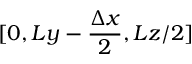
[ 0 , L y - \frac { \Delta x } { 2 } , L z / 2 ]